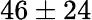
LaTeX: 46\pm 24